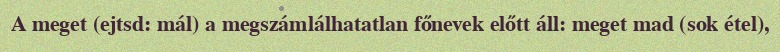
A meget (ejtsd: mál) a megszámlálhatatlan főnevek előtt áll: meget mad (sok étel),